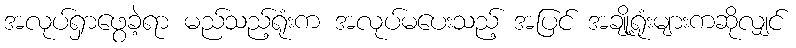
အလုပ်ရှာဖွေခဲ့ရာ မည်သည့်ရုံးက အလုပ်မပေးသည့် အပြင် အချို့ရုံးများကဆိုလျှင်